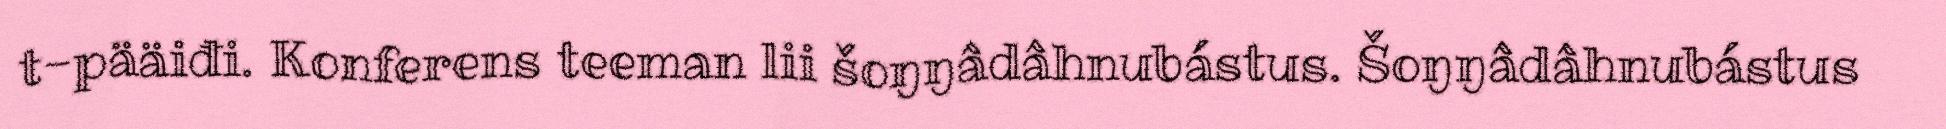
t-pääiđi. Konferens teeman lii šoŋŋâdâhnubástus. Šoŋŋâdâhnubástus